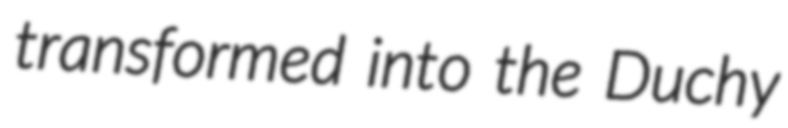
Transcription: transformed into the Duchy